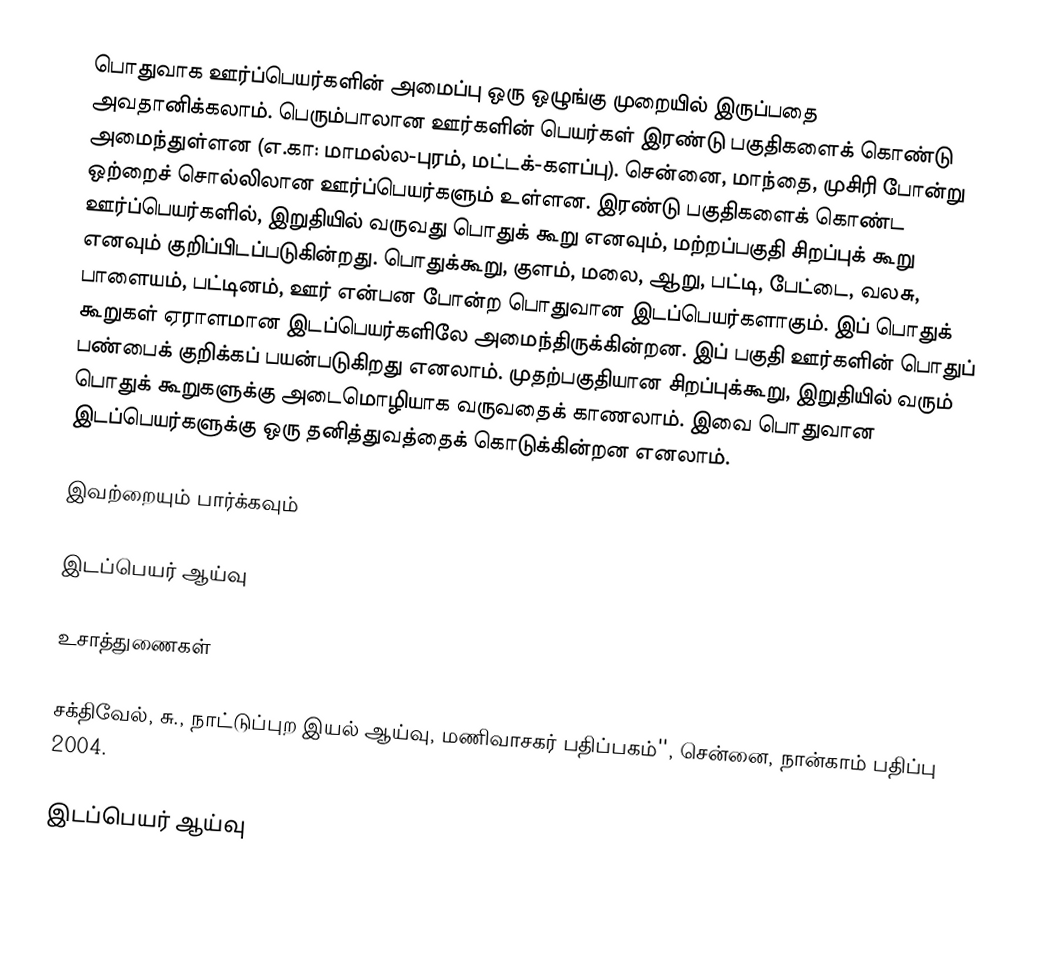
பொதுவாக ஊர்ப்பெயர்களின் அமைப்பு ஒரு ஒழுங்கு முறையில் இருப்பதை அவதானிக்கலாம். பெரும்பாலான ஊர்களின் பெயர்கள் இரண்டு பகுதிகளைக் கொண்டு அமைந்துள்ளன (எ.கா: மாமல்ல-புரம், மட்டக்-களப்பு). சென்னை, மாந்தை, முசிரி போன்று ஒற்றைச் சொல்லிலான ஊர்ப்பெயர்களும் உள்ளன. இரண்டு பகுதிகளைக் கொண்ட ஊர்ப்பெயர்களில், இறுதியில் வருவது பொதுக் கூறு எனவும், மற்றப்பகுதி சிறப்புக் கூறு எனவும் குறிப்பிடப்படுகின்றது. பொதுக்கூறு, குளம், மலை, ஆறு, பட்டி, பேட்டை, வலசு, பாளையம், பட்டினம், ஊர் என்பன போன்ற பொதுவான இடப்பெயர்களாகும். இப் பொதுக் கூறுகள் ஏராளமான இடப்பெயர்களிலே அமைந்திருக்கின்றன. இப் பகுதி ஊர்களின் பொதுப் பண்பைக் குறிக்கப் பயன்படுகிறது எனலாம். முதற்பகுதியான சிறப்புக்கூறு, இறுதியில் வரும் பொதுக் கூறுகளுக்கு அடைமொழியாக வருவதைக் காணலாம். இவை பொதுவான இடப்பெயர்களுக்கு ஒரு தனித்துவத்தைக் கொடுக்கின்றன எனலாம்.

இவற்றையும் பார்க்கவும்

 இடப்பெயர் ஆய்வு

உசாத்துணைகள்

 சக்திவேல், சு., நாட்டுப்புற இயல் ஆய்வு, மணிவாசகர் பதிப்பகம்'', சென்னை, நான்காம் பதிப்பு 2004.

இடப்பெயர் ஆய்வு